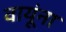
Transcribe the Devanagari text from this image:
वायूंना